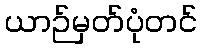
ယာဉ်မှတ်ပုံတင်